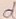
Text: d